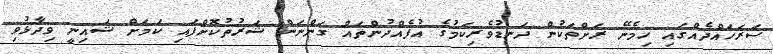
ސަރަހައްދެއްގައި ހިމެނޭ ރަށްތަކުން ދަނޑުވެރިކަމުގެ އުފެއްދުންތައް ގަންނަން ޝަރުތުކޮށްފައި ކަމަށް ޝައިނީ ވިދާޅުވި